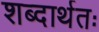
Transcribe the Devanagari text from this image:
शब्दार्थतः